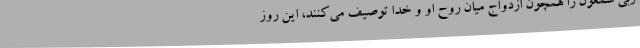
ربّى شمعون را همچون ازدواج میان روح او و خدا توصیف مى‌کنند، این روز